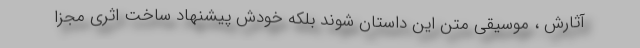
آثارش ، موسیقی متن این داستان شوند بلکه خودش پیشنهاد ساخت اثری مجزا